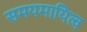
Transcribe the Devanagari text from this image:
समयमायित्व